Report on vaccination in Madras 1877-1894 - 1877-1894
Year: 1877
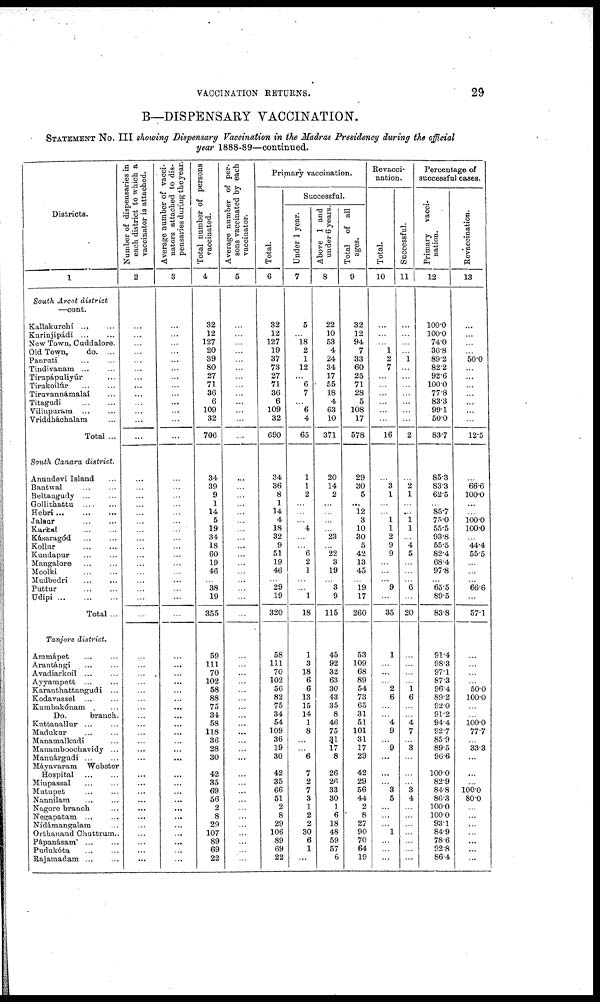
VACCINATION RETURNS.
29
B—DISPENSARY VACCINATION.
STATEMENT No. III showing Dispensary Vaccination in the Madras Presidency during the official
year 1888-89—continued.
Districts.
1
South Arcot district
—cont.
Kallakurchi
...
...
Kurinjipádi
...
...
New Town, Cuddalore.
Old Town,
do. ...
Panruti ... ...
Tindivanam ... ...
Tirupáputiyúr ...
Tirukoilúr ... ...
Tiruvannámalai ...
Titagudi
...
...
Villupuram
...
...
Vriddháchalam ...
Total ...
South Canara district.
Anundevi Island ...
Bantwal ... ...
Beltangudy ... ...
Gollithattu
...
...
Hebri
...
...
...
Jalaur
...
...
Karkal ... ...
Kásaragód
...
...
Kollur
...
...
Kundapur ... ...
Mangalore ... ...
Moolki ... ...
Mudbedri
...
...
Puttur
...
...
Udipi
...
...
...
Total ...
Tanjore district.
Ammápet ... ...
Arantángi ... ...
Avadiarkoil ... ...
Ayyampett ... ...
Karanthattangudi ...
Kodavassel ... ...
Kumbakónam ... ...
Do.
branch.
Kuttanallur ... ...
Madakur ...
Manamalkadi ...
Manamboochavidy ...
Mannárgudi ... ...
Mayavaram Webster
Hospital ... ...
Minpassal ... ...
Mutupet ... ...
Nannilam ... ...
Nagore branch ...
Negapatam ... ...
Nídámangalam ...
Orthanand Chuttrum...
Pápanásam ... ...
Pudnkóta ... ...
Rajamadam ... ...
Number of dispensaries in
each district to which a
vaccinator is attached.
2
...
...
...
...
...
...
...
...
...
...
...
...
...
...
...
...
...
...
...
...
...
...
...
...
...
...
...
...
...
...
...
...
...
...
...
...
...
...
...
...
...
...
...
...
...
...
...
...
...
...
...
...
...
Average number of vacci-
nators attached to dis-
pensaries during the year.
3
...
...
...
...
...
...
...
...
...
...
...
...
...
...
...
...
...
...
...
...
...
...
...
...
...
...
...
...
...
...
...
...
...
...
...
...
...
...
...
...
...
...
...
...
...
...
...
...
...
...
...
...
...
Total number of persons
vaccinated.
4
32
12
127
20
39
80
27
71
36
6
109
32
706
34
39
9
1
14
5
19
34
18
60
19
46
...
38
19
355
59
111
70
102
58
88
75
34
58
118
36
28
30
42
35
69
56
2
8
29
107
89
69
22
Average number of per-
sons vaccinated by each
vaccinator.
5
...
...
...
...
...
...
...
...
...
...
...
...
...
...
...
...
...
...
...
...
...
...
...
...
...
...
...
...
...
...
...
...
...
...
...
...
...
...
...
...
...
...
...
...
...
...
...
...
...
...
...
...
...
Primary vaccination.
Total.
6
32
12
127
19
37
73
27
71
36
6
109
32
690
34
36
8
1
14
4
18
32
9
51
19
46
...
29
19
320
58
111
70
102
56
82
75
34
54
109
36
19
30
42
35
66
51
2
8
29
106
89
69
22
Successful.
Under 1 year.
7
5
...
18
2
1
12
...
6
7
...
6
4
65
1
1
2
...
...
...
4
...
...
6
2
1
...
...
1
18
1
3
18
6
6
13
15
14
1
8
...
...
6
7
2
7
3
1
2
2
30
6
1
...
Above 1 and
under 6 years.
8
22
10
53
4
24
34
17
55
18
4
63
10
371
20
14
2
...
...
...
...
23
...
22
3
19
...
3
9
115
45
92
32
63
30
43
35
8
46
75
31
17
8
26
26
33
30
1
6
18
48
59
57
6
Total of all
ages.
9
32
12
94
7
33
60
25
71
28
5
108
17
578
29
30
5
...
12
3
10
30
5
42
13
45
...
19
17
260
53
109
68
89
54
73
65
31
51
101
31
17
29
42
29
56
44
2
8
27
90
70
64
19
Revacci-
nation.
Total.
10
...
...
...
1
2
7
...
...
...
...
...
...
16
...
3
1
...
...
1
1
2
9
9
...
...
...
9
...
35
1
...
...
...
2
6
...
...
4
9
...
9
...
...
...
3
5
...
...
...
1
...
...
...
Successful.
11
...
...
...
...
1
...
...
...
...
...
...
...
2
...
2
1
...
...
1
1
...
4
5
...
...
...
6
...
20
...
...
...
...
1
6
...
...
4
7
...
3
...
...
...
3
4
...
...
...
...
...
...
...
Percentage of
successful cases.
Primary vacci¬
nation.
12
100.0
100.0
74.0
36.8
89.2
82.2
92.6
100.0
77.8
83.3
99.1
50.0
83.7
85.3
83.3
62.5
...
85.7
75.0
55.5
93.8
55.5
82.4
68.4
97.8
...
65.5
89.5
83.8
91.4
98.3
97.1
87.3
96.4
89.2
92.0
91.2
94.4
92.7
85.9
89.5
96.6
100.0
82.9
84.8
86.3
100.0
100.0
93.1
84.9
78.6
92.8
86.4
Revaccination.
13
...
...
...
...
50.0
...
...
...
...
...
...
...
12.5
...
66.6
100.0
...
...
100.0
100.0
...
44.4
55.5
...
...
...
66.6
...
57.1
...
...
...
...
50.0
100.0
...
...
100.0
77.7
...
33.3
...
...
...
100.0
80.0
...
...
...
...
...
...
...